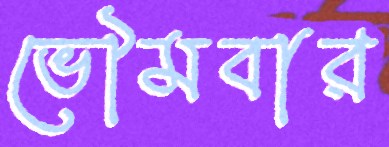
ভৌমবার